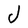
Character: J